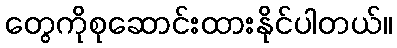
တွေကိုစုဆောင်းထားနိုင်ပါတယ်။